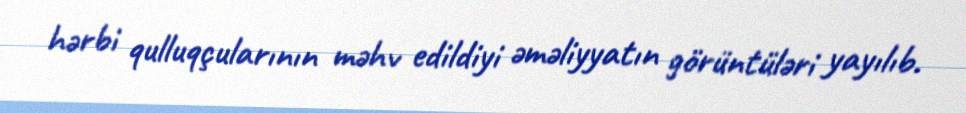
hərbi qulluqçularının məhv edildiyi əməliyyatın görüntüləri yayılıb.